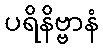
ပရိနိဗ္ဗာနံ